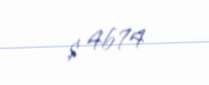
$ 4674